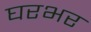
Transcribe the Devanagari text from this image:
घरभर